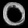
Digit: ၀